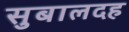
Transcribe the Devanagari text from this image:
सुबालदह